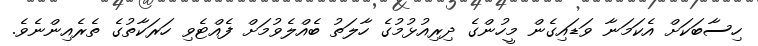
ހިސާބަކަށް އެކަމަނާ ވަޑައިގެން މީހުންގެ ދިރިއުޅުމުގެ ހާލަތު ބެއްލެވުމަށް ފެއްޓެވި ހަރަކާތުގެ ތެރެއިންނެވެ.